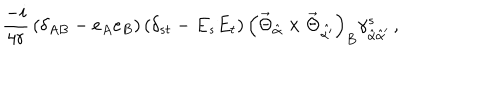
\frac { - i } { 4 r } \, ( \delta _ { A B } - e _ { A } e _ { B } ) \, ( \delta _ { s t } - E _ { s } E _ { t } ) \, \left( \vec { \Theta } _ { \hat { \alpha } } \times \vec { \Theta } _ { \hat { \alpha ^ { \prime } } } \right) _ { B } \gamma _ { \hat { \alpha } \hat { \alpha } ^ { \prime } } ^ { s } \, ,